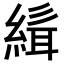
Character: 𮈭